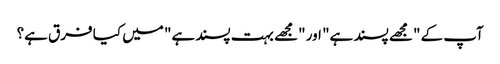
آپ کے "مجھے پسند ہے" اور "مجھے بہت پسند ہے" میں کیا فرق ہے؟